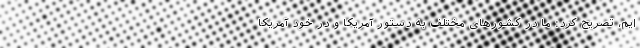
ایم، تصریح کرد: ما در کشور‌های مختلف به دستور آمریکا و در خود آمریکا